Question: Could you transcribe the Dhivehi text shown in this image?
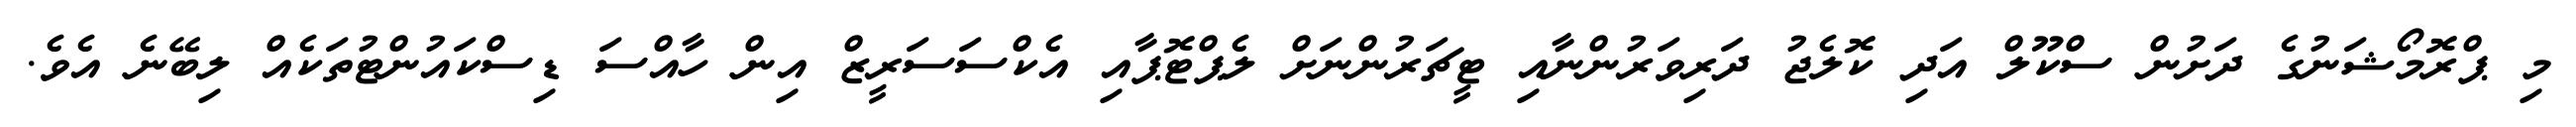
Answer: މި ޕްރޮމޯޝަނުގެ ދަށުން ސްކޫލް އަދި ކޮލެޖު ދަރިވަރުންނާއި ޓީޗަރުންނަށް ލެޕްޓޮޕާއި އެކްސަސަރީޒް އިން ހާއްސަ ޑިސްކައުންޓުތަކެއް ލިބޭނެ އެވެ.